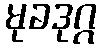
မုခဒုဂ္ဂ